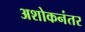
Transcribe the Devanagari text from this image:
अशोकनंतर